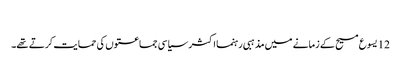
‏
12 یسوع مسیح کے زمانے میں مذہبی رہنما اکثر سیاسی جماعتوں کی حمایت کرتے تھے۔